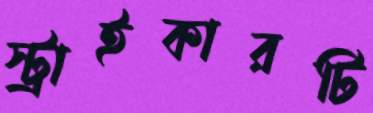
স্ট্রাইকারটি